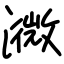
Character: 㵟